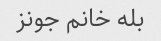
بله خانم جونز